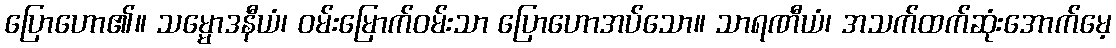
ပြောဟော၏။ သမ္မောဒနီယံ၊ ဝမ်းမြောက်ဝမ်းသာ ပြောဟောအပ်သော။ သာရဏီယံ၊ အသက်ထက်ဆုံးအောက်မေ့